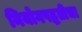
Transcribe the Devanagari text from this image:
नियोगपद्धतीचा